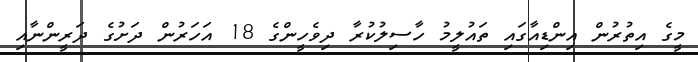
މީގެ އިތުރުން އިންޑިއާގައި ތައުލީމު ހާސިލުކުރާ ދިވެހީންގެ 18 އަހަރުން ދަށުގެ ދަރީންނާއި